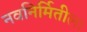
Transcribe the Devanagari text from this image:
नवनिर्मितीला